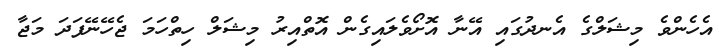
އެހެންވެ މިޝަލްގެ އެނދުގައި އޭނާ އޮށޯވެލައިގެން އޮތްއިރު މިޝަލް ހިތްހަމަ ޖެހޭނޭފަދަ މަޖާ